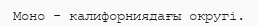
Моно - калифорниядағы округi.